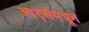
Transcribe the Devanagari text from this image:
आर्ट्समधून